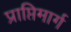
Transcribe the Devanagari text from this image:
प्राप्तिमार्ग